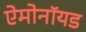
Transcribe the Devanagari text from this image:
ऐमोनॉयड